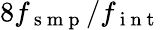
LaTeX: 8f_{\mathrm{~s~m~p~}}/f_{\mathrm{~i~n~t~}}